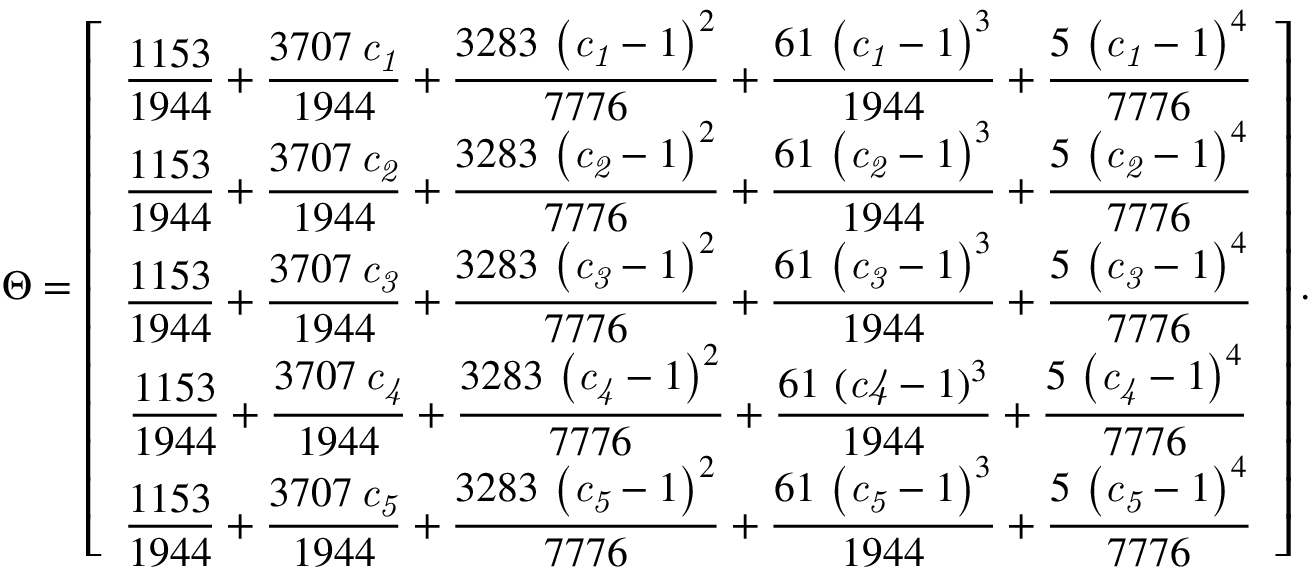
\Theta = \left[ \begin{array} { c } { \displaystyle { \frac { 1 1 5 3 } { 1 9 4 4 } } + { \frac { 3 7 0 7 \, { \it c _ { 1 } } } { 1 9 4 4 } } + { \frac { 3 2 8 3 \, \left( { \it c _ { 1 } } - 1 \right) ^ { 2 } } { 7 7 7 6 } } + { \frac { 6 1 \, \left( { \it c _ { 1 } } - 1 \right) ^ { 3 } } { 1 9 4 4 } } + { \frac { 5 \, \left( { \it c _ { 1 } } - 1 \right) ^ { 4 } } { 7 7 7 6 } } } \\ { \displaystyle { \medskip } { \frac { 1 1 5 3 } { 1 9 4 4 } } + { \frac { 3 7 0 7 \, { \it c _ { 2 } } } { 1 9 4 4 } } + { \frac { 3 2 8 3 \, \left( { \it c _ { 2 } } - 1 \right) ^ { 2 } } { 7 7 7 6 } } + { \frac { 6 1 \, \left( { \it c _ { 2 } } - 1 \right) ^ { 3 } } { 1 9 4 4 } } + { \frac { 5 \, \left( { \it c _ { 2 } } - 1 \right) ^ { 4 } } { 7 7 7 6 } } } \\ { \displaystyle { \medskip } { \frac { 1 1 5 3 } { 1 9 4 4 } } + { \frac { 3 7 0 7 \, { \it c _ { 3 } } } { 1 9 4 4 } } + { \frac { 3 2 8 3 \, \left( { \it c _ { 3 } } - 1 \right) ^ { 2 } } { 7 7 7 6 } } + { \frac { 6 1 \, \left( { \it c _ { 3 } } - 1 \right) ^ { 3 } } { 1 9 4 4 } } + { \frac { 5 \, \left( { \it c _ { 3 } } - 1 \right) ^ { 4 } } { 7 7 7 6 } } } \\ { \displaystyle { \medskip } { \frac { 1 1 5 3 } { 1 9 4 4 } } + { \frac { 3 7 0 7 \, { \it c _ { 4 } } } { 1 9 4 4 } } + { \frac { 3 2 8 3 \, \left( { \it c _ { 4 } } - 1 \right) ^ { 2 } } { 7 7 7 6 } } + { \frac { 6 1 \, \left( { \it c 4 } - 1 \right) ^ { 3 } } { 1 9 4 4 } } + { \frac { 5 \, \left( { \it c _ { 4 } } - 1 \right) ^ { 4 } } { 7 7 7 6 } } } \\ { \displaystyle { \medskip } { \frac { 1 1 5 3 } { 1 9 4 4 } } + { \frac { 3 7 0 7 \, { \it c _ { 5 } } } { 1 9 4 4 } } + { \frac { 3 2 8 3 \, \left( { \it c _ { 5 } } - 1 \right) ^ { 2 } } { 7 7 7 6 } } + { \frac { 6 1 \, \left( { \it c _ { 5 } } - 1 \right) ^ { 3 } } { 1 9 4 4 } } + { \frac { 5 \, \left( { \it c _ { 5 } } - 1 \right) ^ { 4 } } { 7 7 7 6 } } } \end{array} \right] .